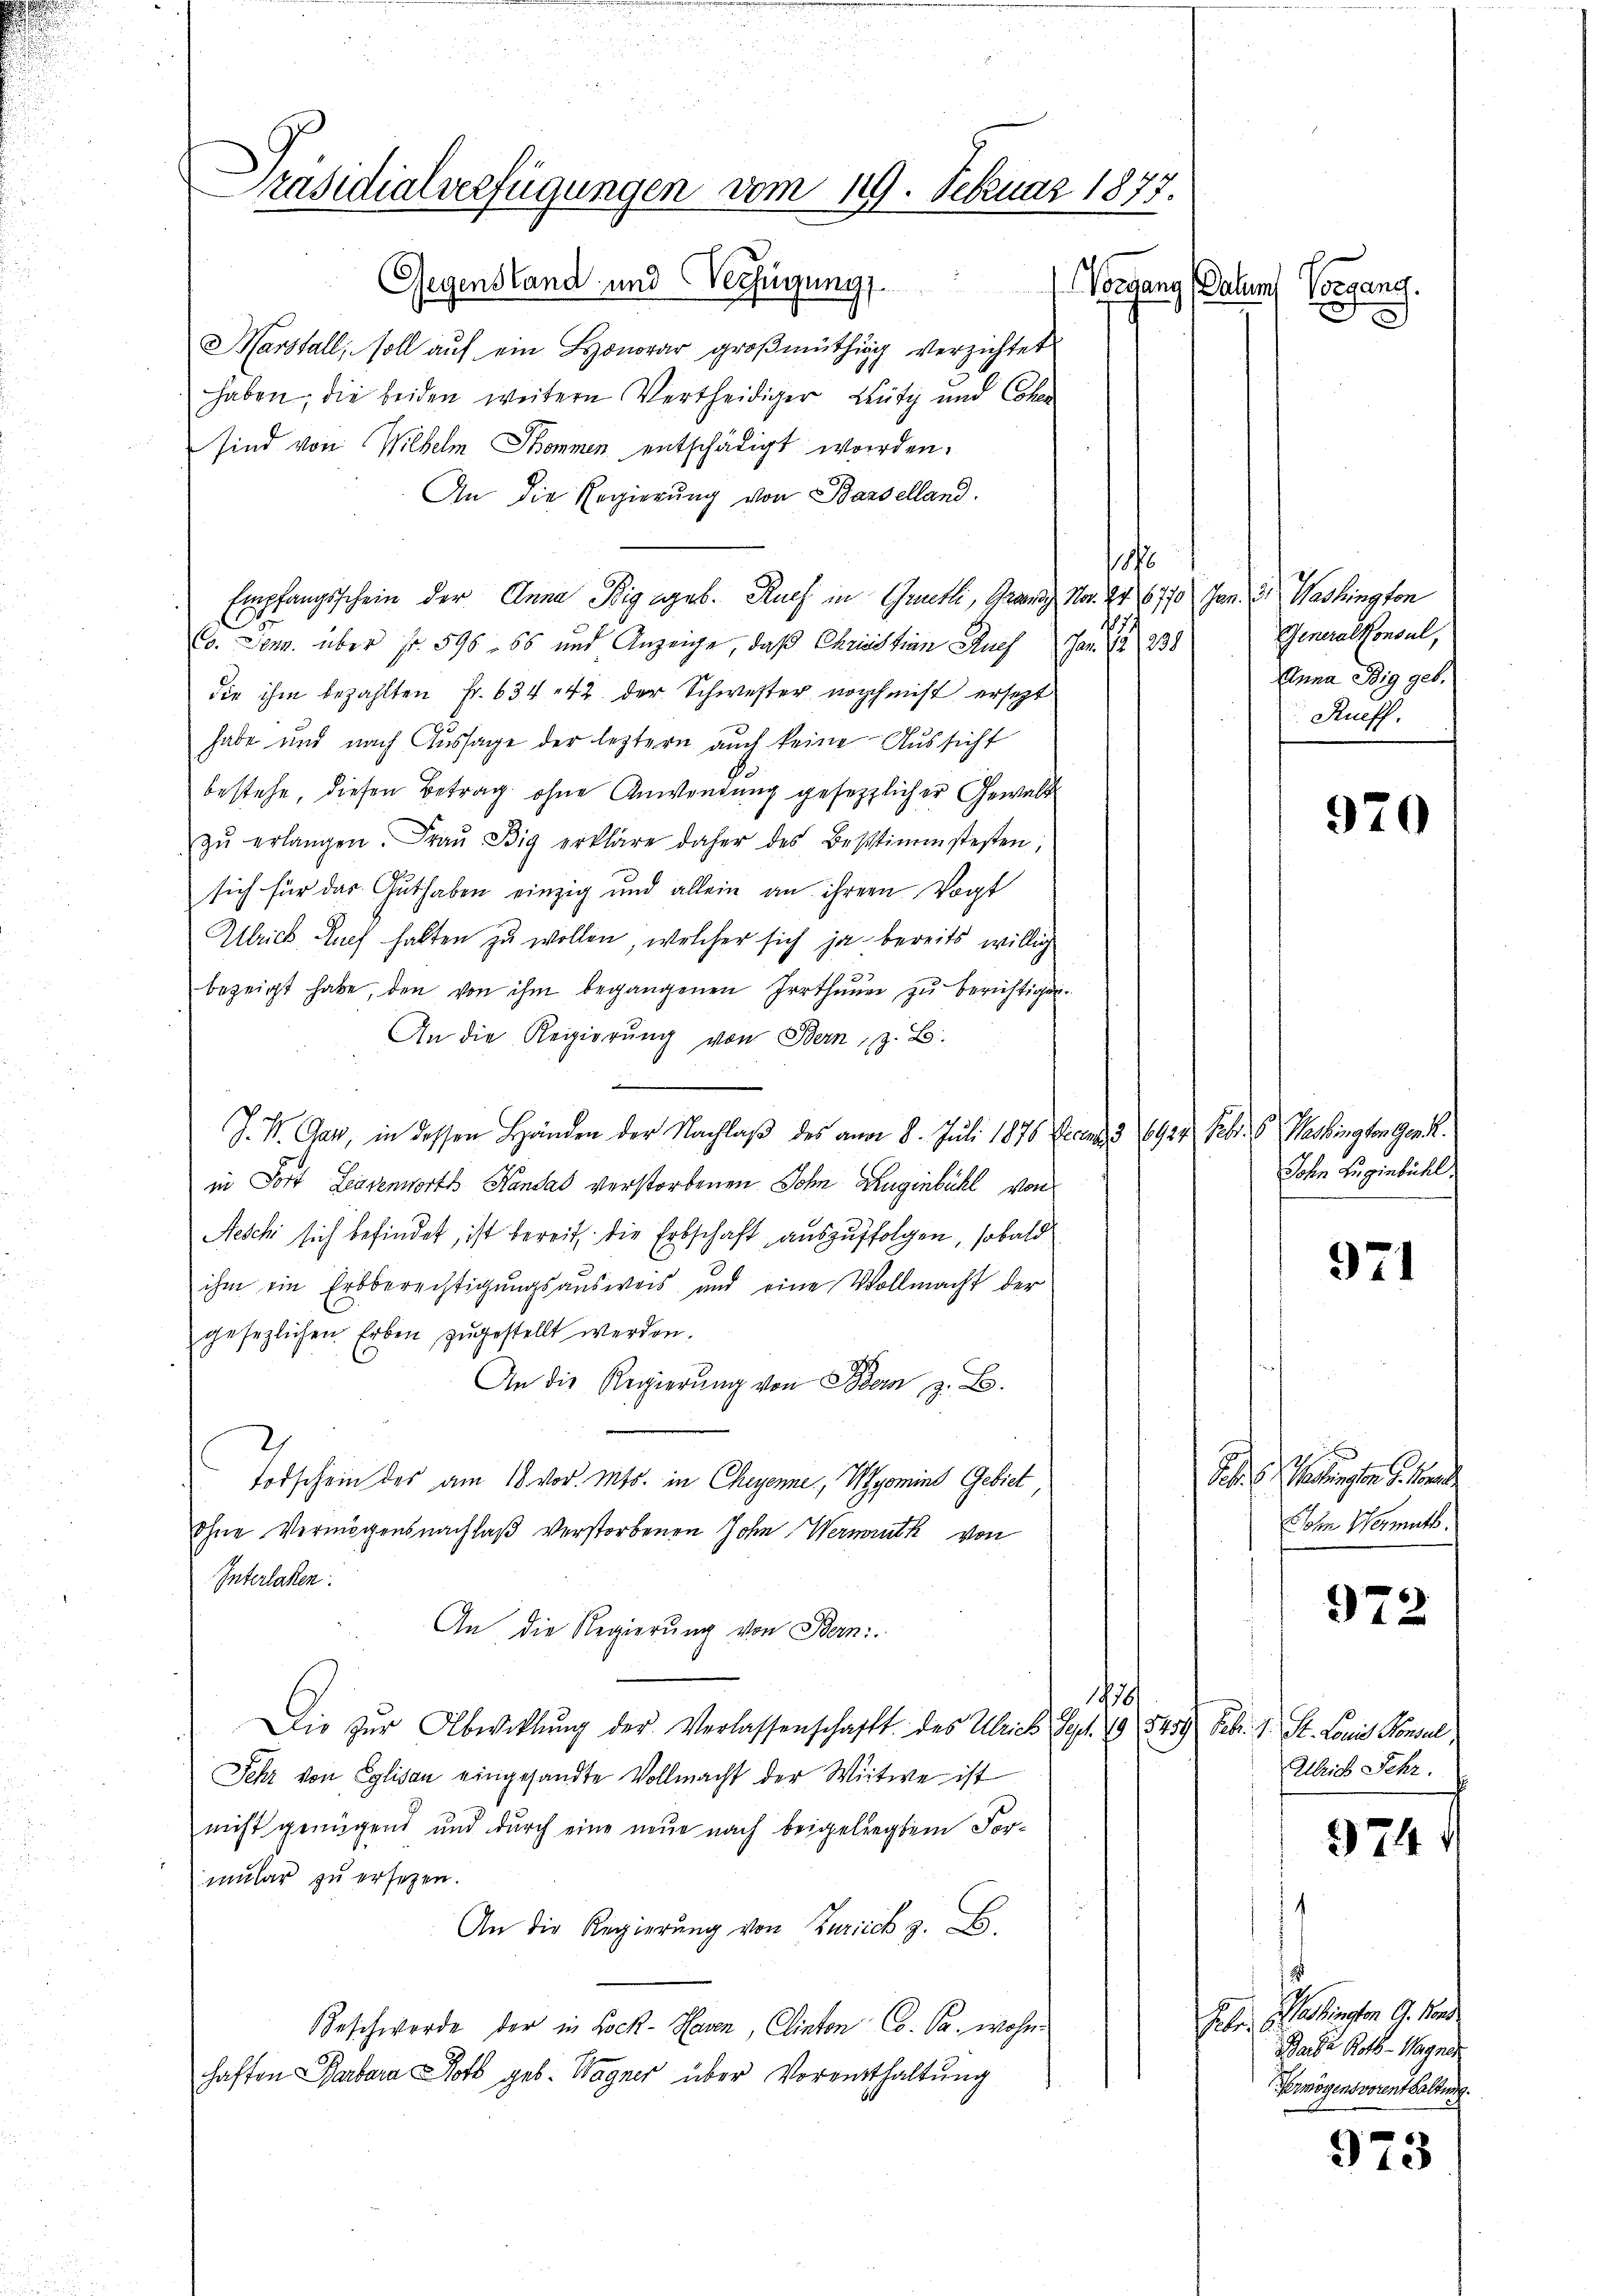
räsidialverfügungen vom 119. Februar 1877.
Gegenstand und Verfügung
Vorgang (Datum Vorgang.
.

Marsfall, soll auf ein Honorar großmüthig verzichtet
haben, die beiden weitere Vertheidiger Bütz und Cohen
sind von Wilhelm Sommen entschädigt worden.
An die Regierung von Baselland.
178
Empfangsschein der Anna Fig geb. Ruch in Grütli, Gränz(...). 24. 6770 Jan. 2. Washington
66. Denn über fr. 596. 66 und Anzeige, daß Christian Auch Jan. S. 238
die ihm bezahlten Fr. 634. 42 der Schwester noch ist ersetzt
habe und nach Aussage der leztern auch keine Aussicht
bestehe, diesen Betrag ohne Anwendung gesetzlicher Gewalt
zŭ erlangen. Fraŭ Fig erkläre daher des Bestimmstesten,
sich für das Guthaben einzig und allein an ihrer Vogt
Ulrich Euch halten zu wollen, welcher sich ja bereits willig
bezeigt habe, den von ihm begangenen Irrthümer zu berichtigen.
An die Regierung von Bern, z. B.
J. V. Gan, in dessen Händen der Nachlaβ des am 8. Juli 1876 Decan 3. 697 Febr. 6. Verbingten Gend
in Fort Lenzenworts Handat verstorbenen Sohn Ruginbühl von
Neschi sich befindet, ist bereit, die Erbschaft auszufolgen, sobald
2
ihm ein Erbberechtigungsausweis und eine Vollmacht der
gesezlichen Erben zugestellt werden.
An die Regierung von Bern, z. B.
Todschein des am 18. vor. Mts. in Chegenne, Wyomins Gebiet,
ohne Vermögensnachlaß verstorbenen John Wermuth von
Interlaken.
An die Regierung von Bern.
1818
Die zŭr Abwiklŭng der Verlassenschafft des Ulrich Sept. 19. 5459 Febr. 1. St. Louis Konsul,
Jehr von Eglisau eingesandte Vollmacht der Witwe ist
nicht genügend und durch eine neue nach beigelegtem Formular zu ersetzen.
An die Regierung von Zürich z. B.
Beschwerde der in Lock-Hasen, Clinten Co. Pr. wohn
haften Barbara Roth geb. Wagner über Voreitthaltung

Generalkonsul,
Anna Big geb.
Rueff.

970

John zuginbühl.

971

Se. Mangen d. M
John Vermuts.

972

Ulrich Jehr.

974

Ges. Weinsten 9. Man
Sache Roth - Wagner
Vermögensvorenthaltung.

973